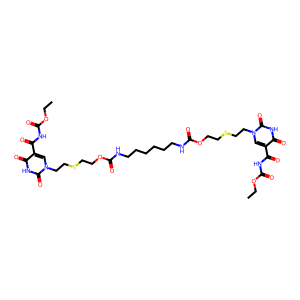
SMILES: CCOC(=O)NC(=O)c1cn(CCSCCOC(=O)NCCCCCCNC(=O)OCCSCCn2cc(C(=O)NC(=O)OCC)c(=O)[nH]c2=O)c(=O)[nH]c1=O
Inhibits HIV replication: No